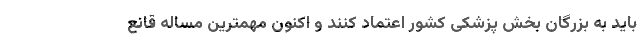
باید به بزرگان بخش پزشکی کشور اعتماد کنند و اکنون مهمترین مساله قانع